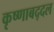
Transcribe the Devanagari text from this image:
कृष्णाबद्दल